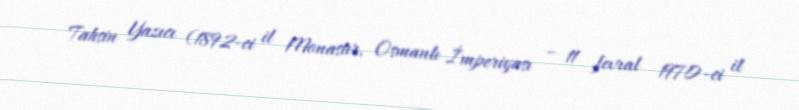
Tahsin Yazıcı (1892-ci il Monastır, Osmanlı İmperiyası – 11 fevral 1970-ci il